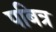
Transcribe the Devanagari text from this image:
पबित्र